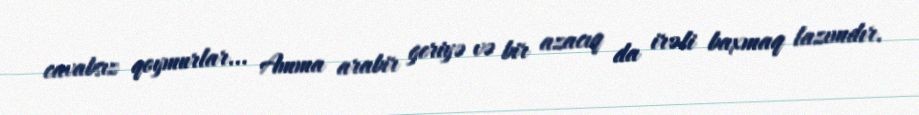
cavabsız qoymurlar... Amma arabir geriyə və bir azacıq da irəli baxmaq lazımdır.